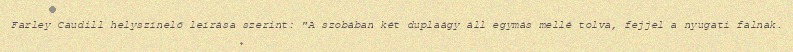
Farley Caudill helyszínelő leírása szerint: "A szobában két duplaágy áll egymás mellé tolva, fejjel a nyugati falnak.